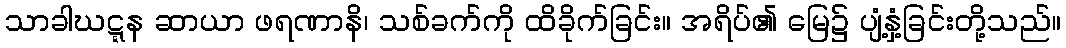
သာခါဃဋ္ဋန ဆာယာ ဖရဏာနိ၊ သစ်ခက်ကို ထိခိုက်ခြင်း။ အရိပ်၏ မြေ၌ ပျံ့နှံ့ခြင်းတို့သည်။